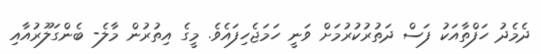
ދެމެދު ހަފްތާއަކު ފަސް ދަތުރުކުރުމަށް ވަނީ ހަމަޖެހިފައެވެ. މީގެ އިތުރުން މާލެ- ބެންގަލޫރުއާއި